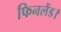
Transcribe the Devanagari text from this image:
फिनलैंड।